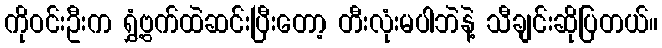
ကိုဝင်းဦးက ရွှံ့ဗွက်ထဲဆင်းပြီးတော့ တီးလုံးမပါဘဲနဲ့ သီချင်းဆိုပြတယ်။